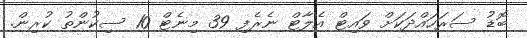
ބޮޑު ސަރަހައްދަކަށް ވައިޓް އެލާޓް ނެރެފި 39 މިނެޓް 10 ސިކުންތު ކުރިން.